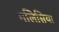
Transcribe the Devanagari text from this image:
गलिसिया